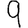
Digit: 9